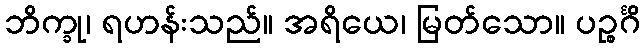
ဘိက္ခု၊ ရဟန်းသည်။ အရိယေ၊ မြတ်သော။ ပဉ္စင်္ဂိ